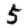
Digit: 5